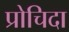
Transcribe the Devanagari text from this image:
प्रोचिदा